Senior Leaving Certificate Examination (including Day School Certificate (Higher) General paper), 1948
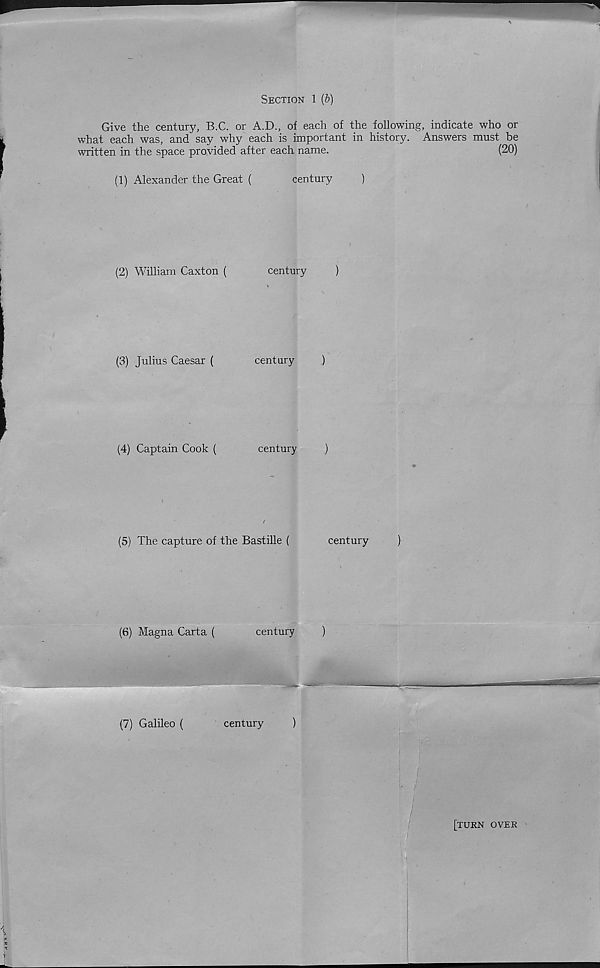
Section 1 (6)
Give the century, B.C. or A.D., of each of the following, indicate who or
what each was, and say why each is important in history. Answers must be
written in the space provided after each name.
(20)
(1) Alexander the Great (
century
)
(2) William Caxton (
century
)
(3) Julius Caesar (
century
)
(4) Captain Cook (
century
)
(5) The capture of the Bastille (
century
}
(6) Magna Carta (
century
)
(7) Galileo (
century
)
[turn over